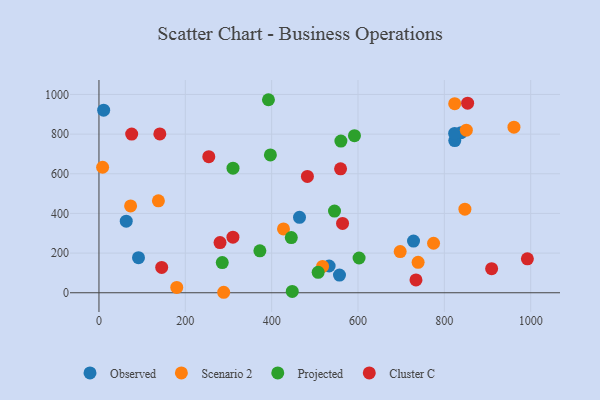
{"axis": {"x": "Ad Spend", "y": "Fuel Efficiency"}, "legend": ["Cluster C", "Observed", "Projected", "Scenario 2"], "data": [{"x": "838.7", "y": 807.1, "type": "Observed"}, {"x": "728.6", "y": 260.6, "type": "Observed"}, {"x": "533.1", "y": 134.9, "type": "Observed"}, {"x": "464.5", "y": 380.2, "type": "Observed"}, {"x": "824.1", "y": 767.2, "type": "Observed"}, {"x": "91.6", "y": 177.0, "type": "Observed"}, {"x": "63.2", "y": 360.9, "type": "Observed"}, {"x": "10.9", "y": 920.7, "type": "Observed"}, {"x": "557.1", "y": 89.0, "type": "Observed"}, {"x": "823.8", "y": 803.3, "type": "Observed"}, {"x": "180.2", "y": 26.8, "type": "Scenario 2"}, {"x": "961.2", "y": 835.0, "type": "Scenario 2"}, {"x": "697.7", "y": 207.8, "type": "Scenario 2"}, {"x": "775.0", "y": 249.5, "type": "Scenario 2"}, {"x": "824.0", "y": 953.4, "type": "Scenario 2"}, {"x": "847.6", "y": 421.3, "type": "Scenario 2"}, {"x": "288.9", "y": 2.4, "type": "Scenario 2"}, {"x": "739.2", "y": 153.4, "type": "Scenario 2"}, {"x": "517.9", "y": 132.9, "type": "Scenario 2"}, {"x": "427.4", "y": 321.9, "type": "Scenario 2"}, {"x": "8.5", "y": 632.9, "type": "Scenario 2"}, {"x": "73.3", "y": 437.8, "type": "Scenario 2"}, {"x": "137.7", "y": 463.5, "type": "Scenario 2"}, {"x": "850.9", "y": 819.6, "type": "Scenario 2"}, {"x": "397.1", "y": 695.0, "type": "Projected"}, {"x": "507.7", "y": 102.9, "type": "Projected"}, {"x": "285.6", "y": 152.3, "type": "Projected"}, {"x": "447.7", "y": 6.9, "type": "Projected"}, {"x": "560.4", "y": 764.7, "type": "Projected"}, {"x": "372.7", "y": 211.5, "type": "Projected"}, {"x": "310.5", "y": 628.0, "type": "Projected"}, {"x": "392.6", "y": 973.4, "type": "Projected"}, {"x": "545.6", "y": 411.8, "type": "Projected"}, {"x": "602.5", "y": 175.3, "type": "Projected"}, {"x": "445.5", "y": 278.2, "type": "Projected"}, {"x": "591.8", "y": 792.1, "type": "Projected"}, {"x": "559.6", "y": 624.7, "type": "Cluster C"}, {"x": "909.5", "y": 121.5, "type": "Cluster C"}, {"x": "75.8", "y": 800.4, "type": "Cluster C"}, {"x": "564.2", "y": 349.6, "type": "Cluster C"}, {"x": "145.3", "y": 127.7, "type": "Cluster C"}, {"x": "992.3", "y": 170.9, "type": "Cluster C"}, {"x": "254.4", "y": 686.4, "type": "Cluster C"}, {"x": "310.3", "y": 280.4, "type": "Cluster C"}, {"x": "482.8", "y": 586.4, "type": "Cluster C"}, {"x": "853.9", "y": 956.2, "type": "Cluster C"}, {"x": "734.3", "y": 64.9, "type": "Cluster C"}, {"x": "280.4", "y": 253.0, "type": "Cluster C"}, {"x": "141.0", "y": 801.0, "type": "Cluster C"}]}